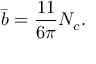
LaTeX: \bar { b } = \frac { 1 1 } { 6 \pi } N _ { c } .